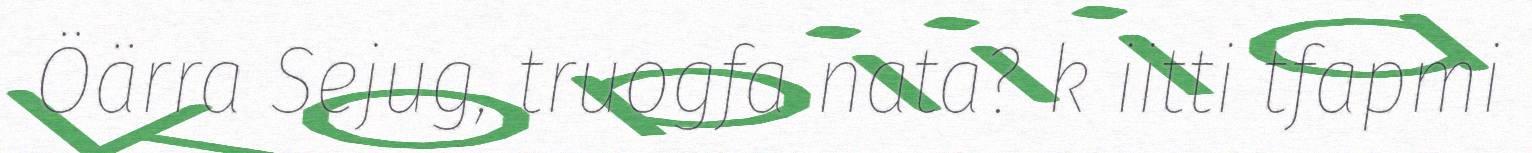
Öärra Sejug, truogfa nata? k iitti tfapmi